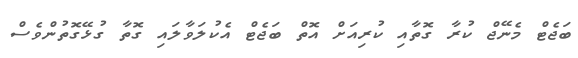
ބަޖެޓް މެނޭޖް ކުރާ ގޮތާއި ކުރިއަށް އޮތް ބަޖެޓް އެކުލަވާލައި ގޮތާ ގުޅޭގޮތުންވެސް